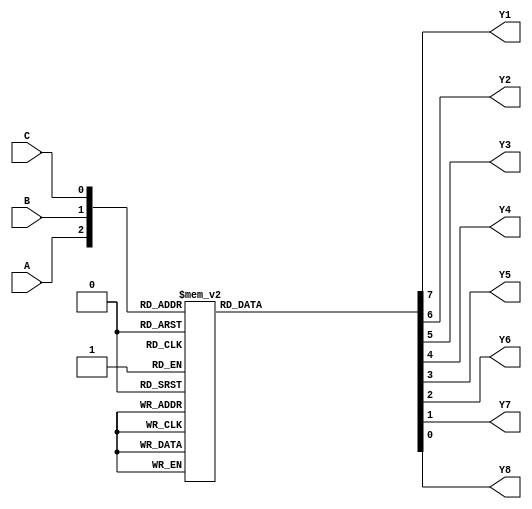
module decod3_8(
    input A,
    input B,
    input C,
    output reg Y1,Y2,Y3,Y4,Y5,Y6,Y7,Y8
);

always @*
    case ({A,B,C})
        3'b000: {Y1, Y2, Y3, Y4, Y5, Y6, Y7, Y8} = 8'b00000001;
        3'b001: {Y1, Y2, Y3, Y4, Y5, Y6, Y7, Y8} = 8'b00000010;
        3'b010: {Y1, Y2, Y3, Y4, Y5, Y6, Y7, Y8} = 8'b00000100;
        3'b011: {Y1, Y2, Y3, Y4, Y5, Y6, Y7, Y8} = 8'b00001000;
        3'b100: {Y1, Y2, Y3, Y4, Y5, Y6, Y7, Y8} = 8'b00010000;
        3'b101: {Y1, Y2, Y3, Y4, Y5, Y6, Y7, Y8} = 8'b00100000;
        3'b110: {Y1, Y2, Y3, Y4, Y5, Y6, Y7, Y8} = 8'b01000000;
        3'b111: {Y1, Y2, Y3, Y4, Y5, Y6, Y7, Y8} = 8'b10000000;
        default: {Y1, Y2, Y3, Y4, Y5, Y6, Y7, Y8} = 8'b00000000;
  endcase
endmodule